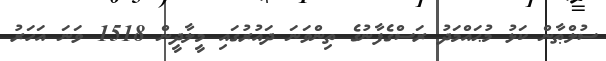
ސުލްޠާން ކަޅު މުޙައްމަދު ރަސްގެފާނުގެ ތިންވަނަ ދައުރުގައި މީލާދީން 1518 ވަނަ އަހަރު